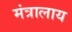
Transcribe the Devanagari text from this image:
मंत्रालाय